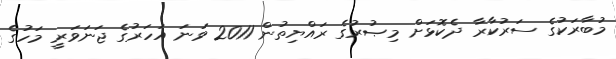
މުބާރަކުގެ ސަރުކާރާ ދެކޮޅަށް މިޞުރުގެ ރައްޔިތުން 2011 ވަނަ އަހަރުގެ ޖަނަވަރީ މަހުގެ